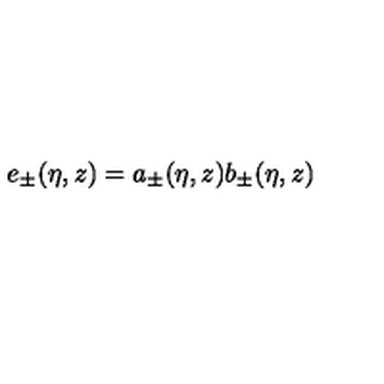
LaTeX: e _ { \pm } ( \eta , z ) = a _ { \pm } ( \eta , z ) b _ { \pm } ( \eta , z )